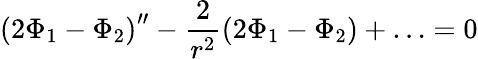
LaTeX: \left(2\Phi_{1}-\Phi_{2}\right)^{\prime\prime}-\frac{2}{r^{2}}\left(2\Phi_{1}-\Phi_{2}\right)+\ldots=0